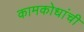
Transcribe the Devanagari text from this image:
कामकोधांची